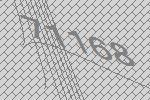
71168